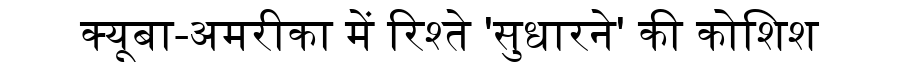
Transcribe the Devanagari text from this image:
क्यूबा-अमरीका में रिश्ते 'सुधारने' की कोशिश